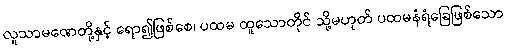
လူသာမဏေတို့နှင့် ရော၍ဖြစ်စေ၊ ပထမ ထူသောတိုင် သို့မဟုတ် ပထမနံရံခြေဖြစ်သော